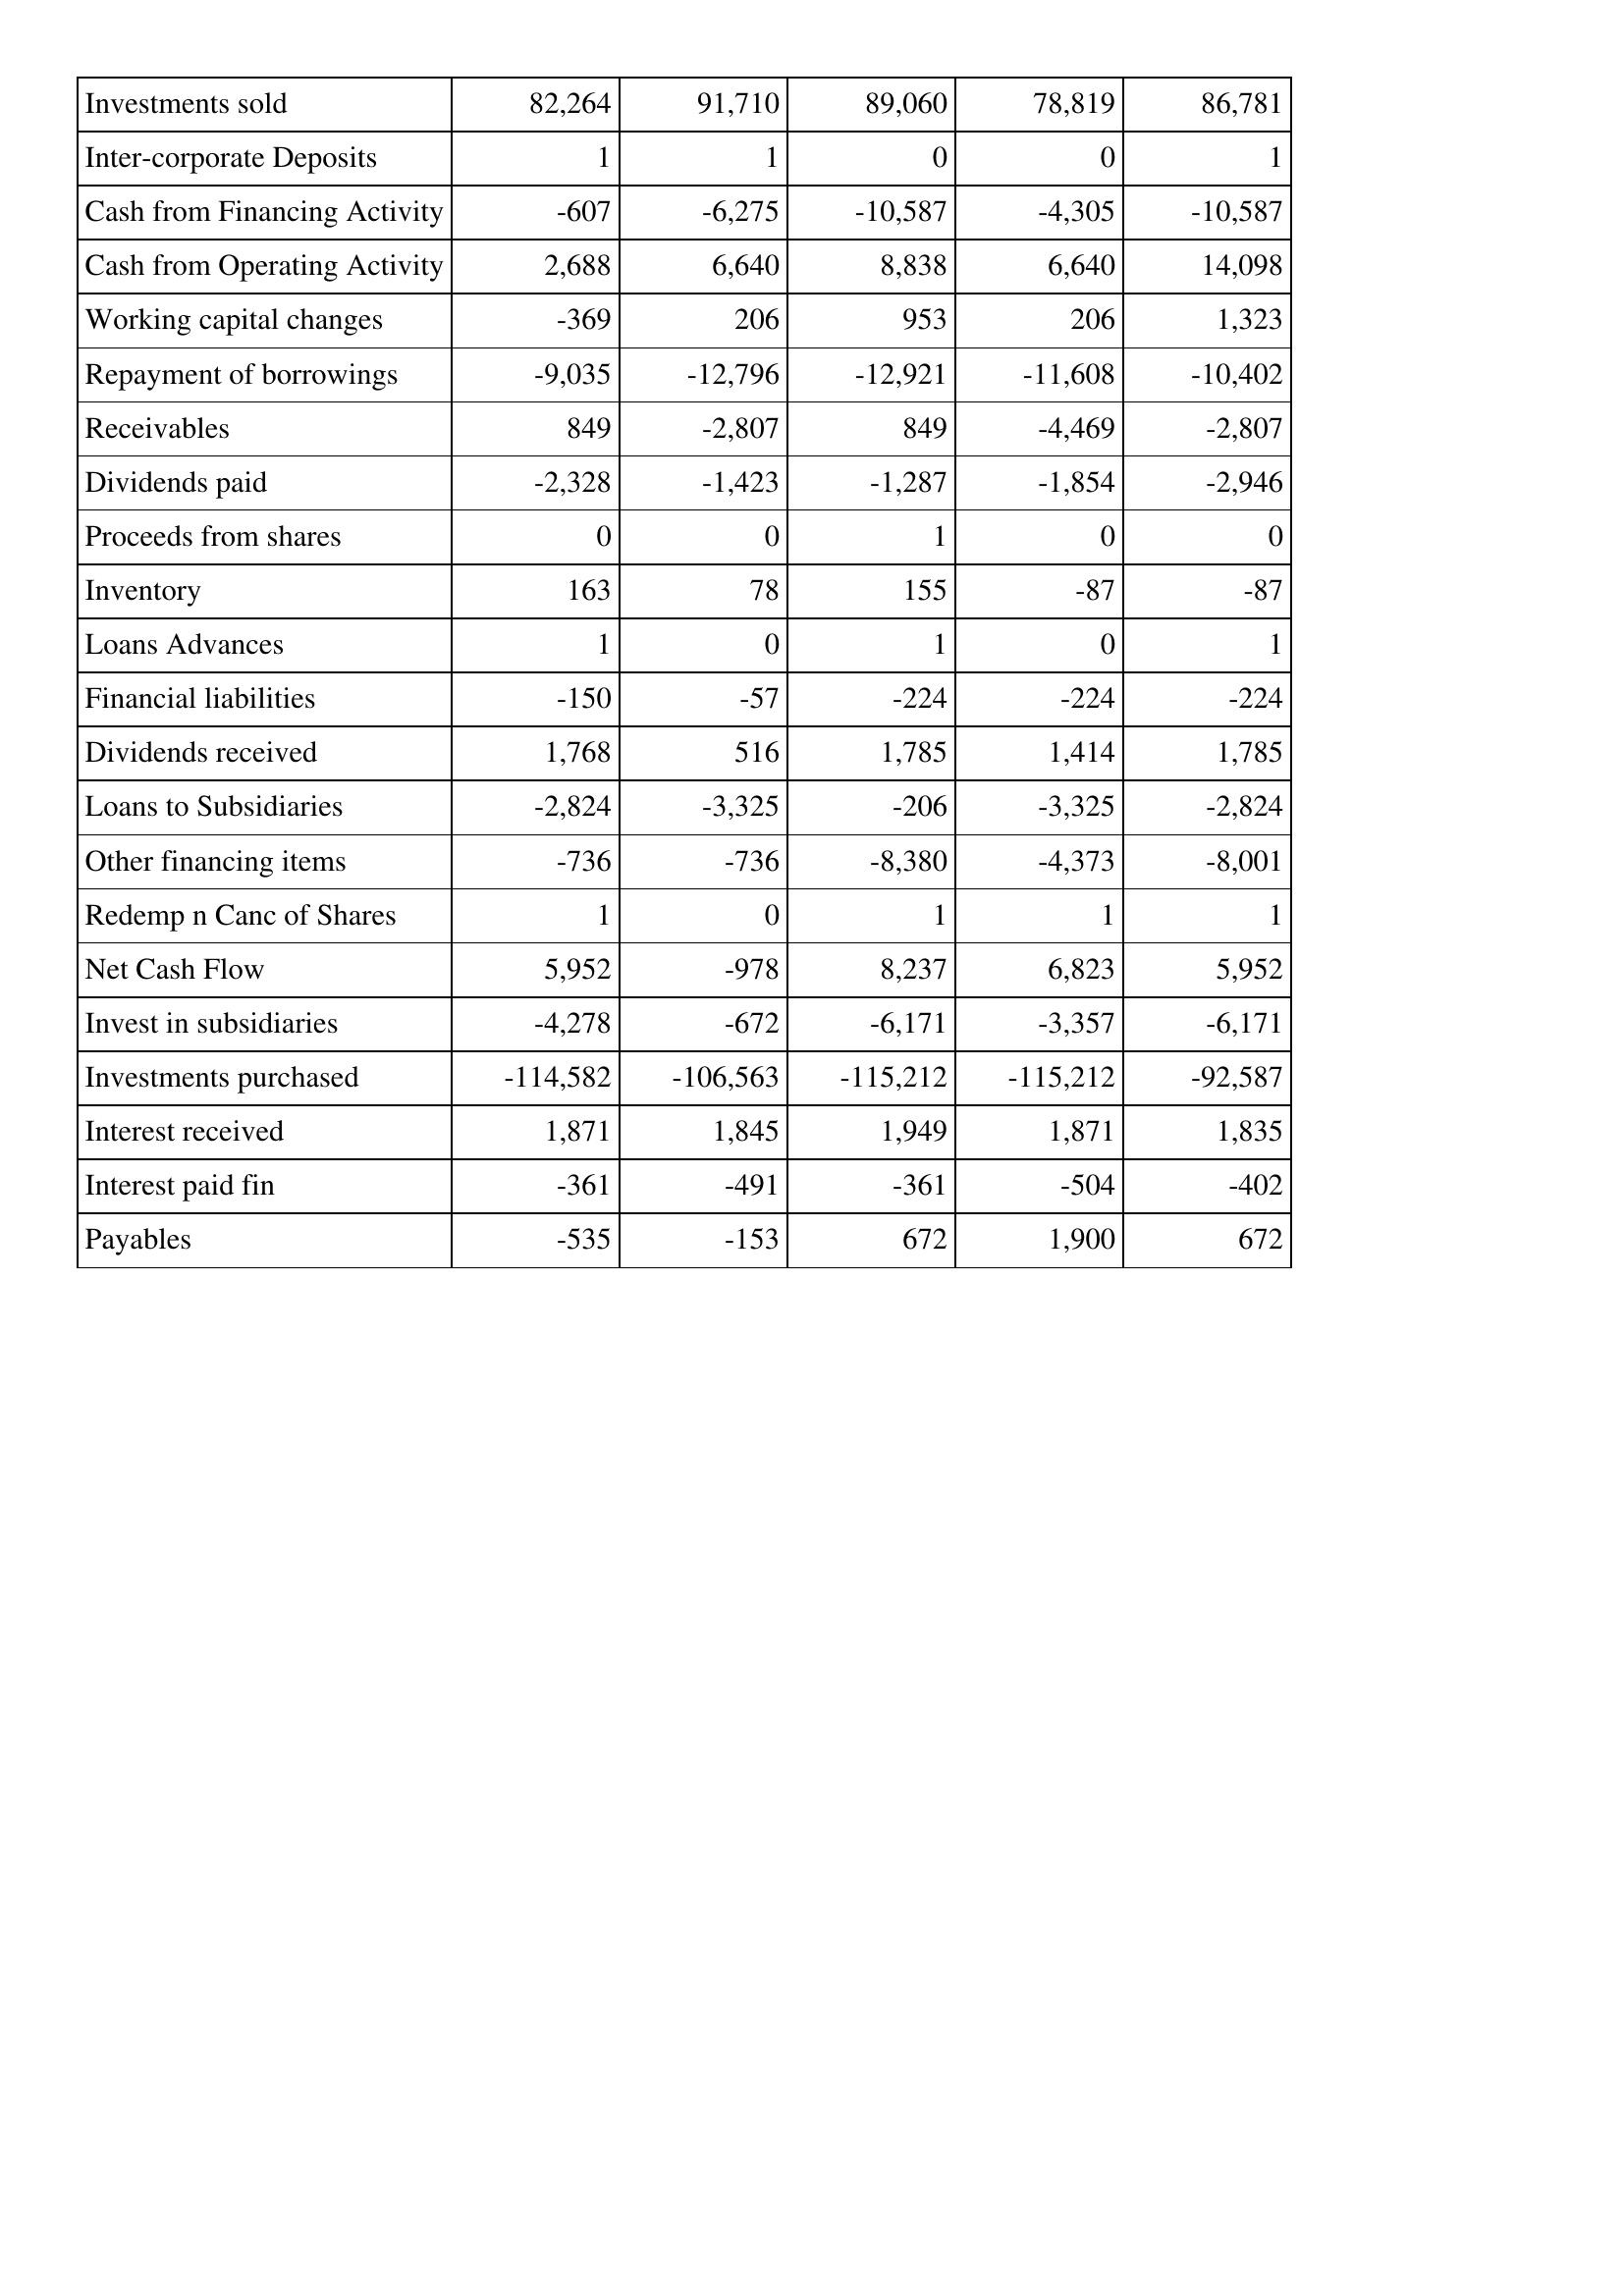
Apr-09: Cash Flows: Investments sold: 82,264
Inter-corporate Deposits: 1
Cash from Financing Activity: -607
Cash from Operating Activity: 2,688
Working capital changes: -369
Repayment of borrowings: -9,035
Receivables: 849
Dividends paid: -2,328
Proceeds from shares: 0
Inventory: 163
Loans Advances: 1
Financial liabilities: -150
Dividends received: 1,768
Loans to Subsidiaries: -2,824
Other financing items: -736
Redemp n Canc of Shares: 1
Net Cash Flow: 5,952
Invest in subsidiaries: -4,278
Investments purchased: -114,582
Interest received: 1,871
Interest paid fin: -361
Payables: -535
Apr-10: Cash Flows: Investments sold: 91,710
Inter-corporate Deposits: 1
Cash from Financing Activity: -6,275
Cash from Operating Activity: 6,640
Working capital changes: 206
Repayment of borrowings: -12,796
Receivables: -2,807
Dividends paid: -1,423
Proceeds from shares: 0
Inventory: 78
Loans Advances: 0
Financial liabilities: -57
Dividends received: 516
Loans to Subsidiaries: -3,325
Other financing items: -736
Redemp n Canc of Shares: 0
Net Cash Flow: -978
Invest in subsidiaries: -672
Investments purchased: -106,563
Interest received: 1,845
Interest paid fin: -491
Payables: -153
Apr-11: Cash Flows: Investments sold: 89,060
Inter-corporate Deposits: 0
Cash from Financing Activity: -10,587
Cash from Operating Activity: 8,838
Working capital changes: 953
Repayment of borrowings: -12,921
Receivables: 849
Dividends paid: -1,287
Proceeds from shares: 1
Inventory: 155
Loans Advances: 1
Financial liabilities: -224
Dividends received: 1,785
Loans to Subsidiaries: -206
Other financing items: -8,380
Redemp n Canc of Shares: 1
Net Cash Flow: 8,237
Invest in subsidiaries: -6,171
Investments purchased: -115,212
Interest received: 1,949
Interest paid fin: -361
Payables: 672
Apr-12: Cash Flows: Investments sold: 78,819
Inter-corporate Deposits: 0
Cash from Financing Activity: -4,305
Cash from Operating Activity: 6,640
Working capital changes: 206
Repayment of borrowings: -11,608
Receivables: -4,469
Dividends paid: -1,854
Proceeds from shares: 0
Inventory: -87
Loans Advances: 0
Financial liabilities: -224
Dividends received: 1,414
Loans to Subsidiaries: -3,325
Other financing items: -4,373
Redemp n Canc of Shares: 1
Net Cash Flow: 6,823
Invest in subsidiaries: -3,357
Investments purchased: -115,212
Interest received: 1,871
Interest paid fin: -504
Payables: 1,900
Apr-13: Cash Flows: Investments sold: 86,781
Inter-corporate Deposits: 1
Cash from Financing Activity: -10,587
Cash from Operating Activity: 14,098
Working capital changes: 1,323
Repayment of borrowings: -10,402
Receivables: -2,807
Dividends paid: -2,946
Proceeds from shares: 0
Inventory: -87
Loans Advances: 1
Financial liabilities: -224
Dividends received: 1,785
Loans to Subsidiaries: -2,824
Other financing items: -8,001
Redemp n Canc of Shares: 1
Net Cash Flow: 5,952
Invest in subsidiaries: -6,171
Investments purchased: -92,587
Interest received: 1,835
Interest paid fin: -402
Payables: 672